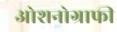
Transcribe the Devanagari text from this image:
ओशनोग्राफी